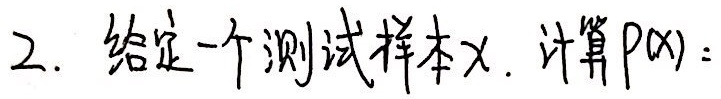
2. 给定一个测试样本$x$. 计算$p(x)$.